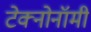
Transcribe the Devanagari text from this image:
टेक्नोनॉमी